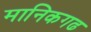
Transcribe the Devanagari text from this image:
मानिकगढ